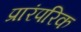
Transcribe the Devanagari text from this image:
प्रारंपरिक